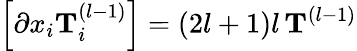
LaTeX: \left[\partial x_{i}\mathbf{T}_{i}^{(l-1)}\right]=(2l+1)l\, \mathbf{T}^{(l-1)}